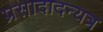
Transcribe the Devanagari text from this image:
प्रसादादन्यत्र